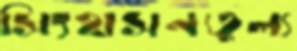
সিংহাসনতুল্য